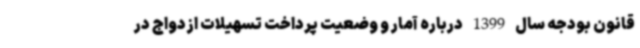
قانون بودجه سال 1399 درباره آمار و وضعیت پرداخت تسهیلات ازدواج در